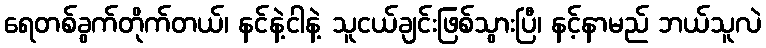
ရေတစ်ခွက်တိုက်တယ်၊ နင်နဲ့ငါနဲ့ သူငယ်ချင်းဖြစ်သွားပြီ၊ နင့်နာမည် ဘယ်သူလဲ